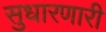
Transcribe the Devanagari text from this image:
सुधारणारी